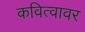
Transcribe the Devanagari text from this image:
कवित्वावर